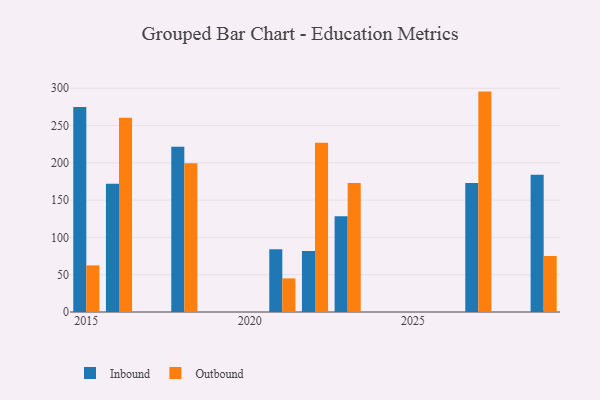
{"axis": {"x": "Year", "y": "Temperature (°C)"}, "legend": ["Inbound", "Outbound"], "data": [{"x": "2027", "y": 173.1, "type": "Inbound"}, {"x": "2027", "y": 295.5, "type": "Outbound"}, {"x": "2021", "y": 84.1, "type": "Inbound"}, {"x": "2021", "y": 45.1, "type": "Outbound"}, {"x": "2022", "y": 81.8, "type": "Inbound"}, {"x": "2022", "y": 226.8, "type": "Outbound"}, {"x": "2018", "y": 221.4, "type": "Inbound"}, {"x": "2018", "y": 199.4, "type": "Outbound"}, {"x": "2016", "y": 172.0, "type": "Inbound"}, {"x": "2016", "y": 260.3, "type": "Outbound"}, {"x": "2023", "y": 128.5, "type": "Inbound"}, {"x": "2023", "y": 173.0, "type": "Outbound"}, {"x": "2029", "y": 183.9, "type": "Inbound"}, {"x": "2029", "y": 75.1, "type": "Outbound"}, {"x": "2015", "y": 275.0, "type": "Inbound"}, {"x": "2015", "y": 62.5, "type": "Outbound"}]}